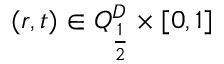
( r , t ) \in Q _ { \frac { 1 } { 2 } } ^ { D } \times [ 0 , 1 ]